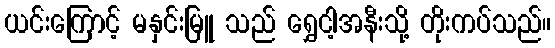
ယင်းကြောင့် မနှင်းမြူ သည် ရွှေငါ့အနီးသို့ တိုးကပ်သည်။